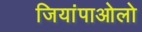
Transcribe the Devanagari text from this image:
जियांपाओलो